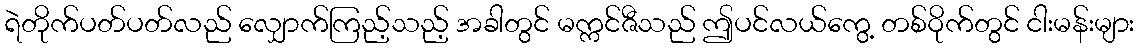
ရဲတိုက်ပတ်ပတ်လည် လျှောက်ကြည့်သည့် အခါတွင် မက္ကင်ဇီသည် ဤပင်လယ်ကွေ့ တစ်ဝိုက်တွင် ငါးမန်းများ